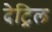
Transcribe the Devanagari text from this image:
देट्रिल